Annual report of lunatic asylums [Bombay] - 1912-1922
Year: 1912
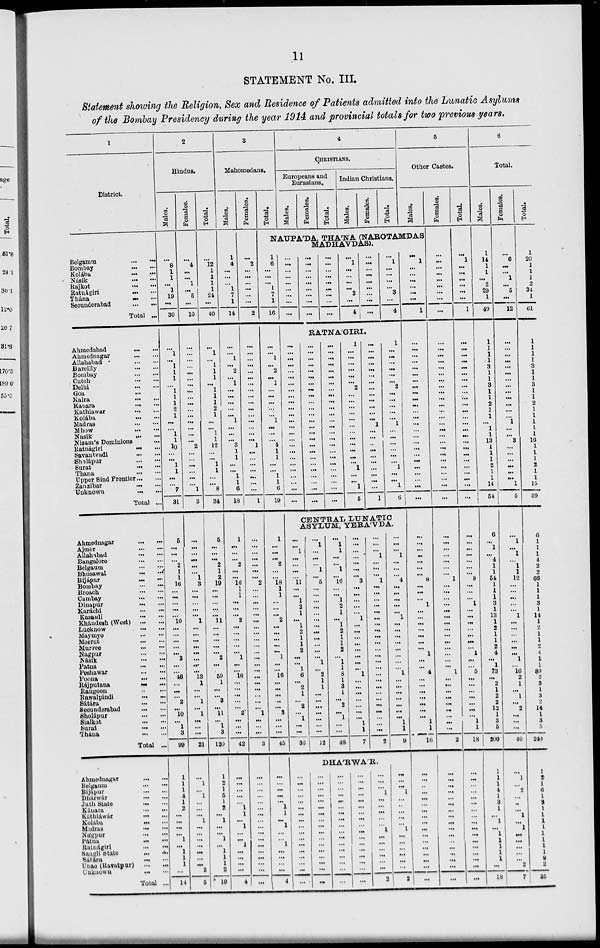
11
STATEMENT No. III.
Statement showing the Religion, Sex and Residence of Patients admitted into the Lunatic Asylums
of the Bombay Presidency during the year 1914 and provincial totals for two previous years.
1
District.
Belgamm
...
...
Bombay
...
...
Kolába ... ...
Násik
...
...
Rajkot
...
...
Ratnágiri
...
...
Thána
...
....
Secunderabad
...
...
Total ...
Ahmedabad ... ...
Ahmednagar
...
...
Allahabad
...
...
Bareilly ... ...
Bombay
...
...
Cutch
...
...
Delhi
...
...
Goa
...
...
Kaira
...
...
Kanara
...
...
Kathiawar ... ...
Kolába
...
...
Madras
...
...
Mhow
...
...
Nasik
...
...
Nizam's Dominions ...
Ratnágiri
...
...
Savantvadi
...
...
Sholápur
...
...
Surat
...
...
Thana
...
...
Upper Bind Frontier ... ...
Zanzibar ... ...
Unknown ... ...
Total ...
Ahmednagar ... ...
Ajmer ... ...
Allahabad ... ...
Bangalore
...
...
Belgaum
...
...
Bhusawal
...
...
Bijápur
...
...
Bombay
...
...
Broach
...
...
Cambay
...
...
Dinapur
...
...
Karachi
...
...
Kasauli
...
...
Khándesh (West)
...
...
Lucknow
...
...
Maymyo
...
...
Meerut
...
...
Murree
...
...
Nagpur
...
...
Násik
...
...
Patna
...
...
Peshawar
...
...
Poona
...
...
Rájputana
...
...
Rangoon
...
...
Rawalpindi
...
...
Sátára
...
...
Seounderabad
...
...
Sholápur
...
...
Sialkot
...
...
Surat
...
...
Thána
...
...
Total ...
Ahmednagar ... ...
Belgaum
...
...
Bijápur
...
...
Dhárwár
...
...
Jath State
...
...
Kánara
...
...
Káthiáwár
...
...
Kolába
...
...
Madras
...
...
Nágpur
...
...
Patna
...
...
Ratnágiri
...
...
Sangli
State
...
...
Sátára
...
...
Unao (Ravatpur)
...
...
Unknown ... ...
Total ...
2
Hindus.
Males.
...
8
1
1
...
1
19
...
30
...
1
...
1
1
1
...
1
1
1
2
1
...
...
1
1
10
...
...
1
1
...
...
7
31
5
...
...
...
2
1
1
16
...
...
...
...
...
10
...
...
...
...
...
2
...
...
46
...
...
...
2
...
10
...
1
3
99
1
1
1
4
1
2
...
...
...
...
1
...
1
1
1
...
14
Females.
...
4
...
...
1
...
5
...
10
...
...
...
...
...
...
...
...
...
...
...
...
...
...
...
...
2
...
...
...
...
...
...
1
3
...
...
...
...
...
...
1
3
...
...
...
...
...
1
...
...
...
...
...
...
...
...
13
1
...
...
1
...
1
...
...
...
21
...
1
...
1
...
...
...
1
...
...
...
...
...
...
...
2
5
Total.
...
12
1
1
1
1
24
...
40
...
1
...
1
1
1
...
1
1
1
2
1
...
...
1
1
12
...
...
1
1
...
...
8
34
5
...
...
...
2
1
2
19
...
...
...
...
...
11
...
...
...
...
...
2
...
...
59
1
...
...
3
...
11
...
1
3
120
1
2
1
5
1
2
...
1
...
...
1
...
1
1
1
2
19
3
Mahomedans.
Males.
1
4
...
...
...
1
7
1
14
...
...
1
...
2
...
1
...
...
...
...
...
1
...
...
...
3
1
1
...
...
1
1
6
18
1
...
...
...
2
...
...
16
1
1
...
...
...
2
...
...
...
...
...
1
...
...
16
...
...
...
...
...
2
...
...
...
42
...
...
...
...
...
1
1
...
1
...
...
1
...
...
...
...
4
Females.
...
2
...
...
...
...
...
...
2
...
...
...
...
...
...
...
...
...
...
...
...
...
...
...
...
1
...
...
...
...
...
...
...
1
...
...
...
...
...
...
...
2
...
...
...
...
...
...
...
...
...
...
...
...
...
...
...
...
...
...
...
...
1
...
...
...
3
...
...
...
...
...
...
...
...
...
...
...
...
...
...
...
...
...
Total.
4
CHRISTIANS..
Europeans and
Eurasians.
Males.
Females.
Total.
Indian Christians.
Males.
Females.
Total.
5
Other Castes.
Males.
NAUPA'DA, THA'NA (NAROTAMDAS
MADHAVDAS).
1
6
...
...
...
1
7
1
16
...
...
1
...
2
...
1
...
...
...
...
...
1
...
...
...
4
1
1
...
...
1
1
6
19
1
...
...
...
2
...
...
18
1
1
...
...
...
2
...
...
...
...
...
1
...
...
16
...
...
...
...
...
3
...
...
...
45
...
...
...
...
...
1
1
...
1
...
...
1
...
...
...
...
4
...
...
...
...
...
...
...
...
...
...
...
...
...
...
...
...
...
...
...
...
...
...
...
...
...
...
...
...
1
...
...
...
...
3
...
4
...
...
...
...
...
...
...
...
...
...
1
...
...
...
...
3
...
4
RATNA'GIRI.
...
...
...
...
...
...
...
...
...
...
...
...
...
...
...
...
...
...
...
...
...
...
...
...
...
...
...
...
...
...
...
...
...
...
...
...
...
...
...
...
...
...
...
...
...
...
...
...
...
...
...
...
...
...
...
...
...
...
...
...
...
...
...
...
...
...
...
...
...
...
...
...
...
...
...
1
...
...
...
...
...
...
2
...
...
...
...
...
...
...
...
...
...
...
...
1
...
...
1
5
...
...
...
...
...
...
...
...
...
...
...
...
...
1
...
...
...
...
...
...
...
...
...
...
1
1
...
...
...
...
...
...
2
...
...
...
...
...
1
...
...
...
...
...
...
1
...
...
1
6
CENTRAL LUNATIC
ASYLUM, YERA'VDA.
...
...
1
...
...
...
...
11
...
...
1
2
1
...
1
2
1
1
2
...
...
1
6
...
2
1
...
2
...
1
...
...
36
...
1
...
...
...
1
...
5
...
...
...
...
...
...
...
...
...
...
...
...
1
...
2
1
1
...
...
...
...
...
...
...
12
...
1
1
...
...
1
...
16
...
...
1
2
1
...
1
2
1
1
2
...
1
1
8
1
3
1
...
2
...
1
...
...
48
...
...
...
...
...
...
...
3
...
...
...
...
...
1
...
...
...
...
...
...
...
...
1
...
...
...
...
...
...
...
1
1
7
...
...
...
1
...
...
...
1
...
...
...
...
...
...
...
...
...
...
...
...
...
...
...
...
...
...
...
...
...
...
...
...
2
DHA'RWAR.
...
...
...
...
...
...
...
...
...
...
...
...
...
...
...
...
...
...
...
...
...
...
...
...
...
...
...
...
...
...
...
...
...
...
...
...
...
...
... ...
...
...
...
...
...
...
...
...
...
...
...
...
...
...
...
...
...
...
...
...
...
...
...
...
...
...
...
...
...
...
...
1
...
...
...
...
...
1
...
...
...
...
...
...
2
...
...
...
1
...
...
...
4
...
...
...
...
...
1
...
...
...
...
...
...
...
...
1
...
...
...
...
...
...
...
1
1
9
...
...
...
1
...
...
...
...
...
1
...
...
...
...
...
...
2
...
1
...
...
...
...
...
...
1
...
...
...
...
...
...
...
...
...
...
...
...
...
...
...
...
...
...
...
...
...
...
...
...
...
...
...
...
...
...
...
...
8
...
...
...
1
...
...
...
...
...
...
...
1
...
...
4
...
...
...
...
...
...
...
1
1
16
...
...
...
...
...
...
...
...
...
...
...
...
...
...
...
...
...
Females.
...
...
...
...
...
...
...
...
...
...
...
...
...
...
...
...
...
...
...
...
...
...
...
...
...
...
...
...
...
...
...
...
...
...
...
...
...
...
...
...
...
1
...
...
...
...
...
...
...
...
...
...
...
...
...
...
1
...
...
...
...
...
...
...
...
...
2
...
...
...
...
...
...
...
...
...
...
...
...
...
...
...
...
...
Total.
...
1
...
...
...
...
...
...
1
...
...
...
...
...
...
...
...
...
...
...
...
...
...
...
...
...
...
...
...
...
...
...
...
...
...
...
...
...
...
...
...
9
...
...
...
1
...
...
...
...
...
...
...
1
...
...
5
...
...
...
...
...
...
...
1
1
18
...
...
...
...
...
...
...
...
...
...
...
...
...
...
...
...
...
6
Total.
Males.
1
14
1
1
...
2
29
1
49
1
1
1
1
3
1
1
3
1
1
2
1
1
...
1
1
13
1
1
1
2
1
1
14
54
6
...
1
...
4
1
1
54
1
1
1
3
1
13
1
2
1
1
2
4
...
1
73
...
2
1
2
2
12
1
3
5
200
1
1
1
4
1
3
1
...
1
...
1
1
1
1
1
...
18
Females.
...
6
...
...
1
...
5
...
12
...
...
...
...
...
...
...
...
...
...
...
...
...
1
...
...
3
...
...
...
...
...
...
1
5
...
1
...
1
...
1
1
12
...
...
...
...
...
1
...
...
...
...
...
...
1
...
16
2
1
...
1
...
2
...
...
...
40
...
1
...
2
...
...
...
1
...
1
...
...
...
...
...
2
7
Total.
1
20
1
1
1
2
34
1
61
1
1
1
1
3
1
1
3
1
1
2
1
1
1
1
1
16
1
1
1
2
1
1
15
59
6
1
1
1
4
2
2
66
1
1
1
3
1
14
1
2
1
1
2
4
1
1
89
2
3
1
3
2
14
1
3
5
240
1
2
1
6
1
3
1
1
1
1
1
1
1
1
1
2
25